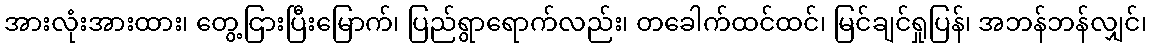
အားလုံးအားထား၊ တွေ့ငြားပြီးမြောက်၊ ပြည်ရွာရောက်လည်း၊ တခေါက်ထင်ထင်၊ မြင်ချင်ရှုပြန်၊ အဘန်ဘန်လျှင်၊